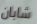
شابان